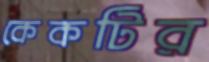
কেকটির